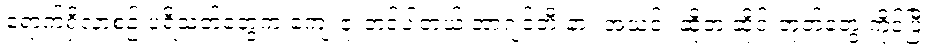
ရောက်ရှိလာစဉ် ပရိသတ်တွေက ကျေးဇူးတင်ပါတယ် အာဂျင်တီးနား အသင်း ဆိုတဲ့ ဆိုင်းဘုတ်တွေ ကိုင်ပြီး